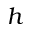
h